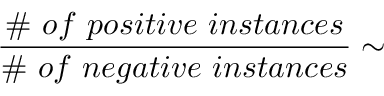
\frac { \# ~ o f ~ p o s i t i v e ~ i n s t a n c e s } { \# ~ o f ~ n e g a t i v e ~ i n s t a n c e s } \sim